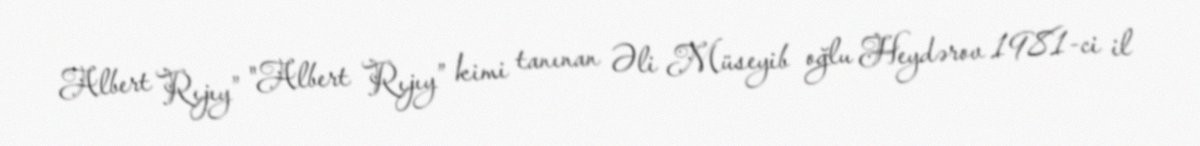
Albert Rıjıy” "Albert Rıjıy” kimi tanınan Əli Müseyib oğlu Heydərov 1981-ci il